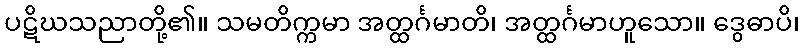
ပဋိဃသညာတို့၏။ သမတိက္ကမာ အတ္ထင်္ဂမာတိ၊ အတ္ထင်္ဂမာဟူသော။ ဒွေဓာပိ၊